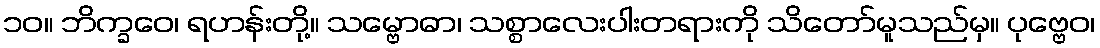
၁၀။ ဘိက္ခဝေ၊ ရဟန်းတို့။ သမ္ဗောဓာ၊ သစ္စာလေးပါးတရားကို သိတော်မူသည်မှ။ ပုဗ္ဗေဝ၊